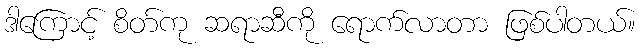
ဒါကြောင့် စိတ်ကု ဆရာဆီကို ရောက်လာတာ ဖြစ်ပါတယ်။